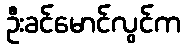
ဦးခင်မောင်လွင်က